Vaccination in the Punjab 1867-1880 - 1867-1880
Year: 1867
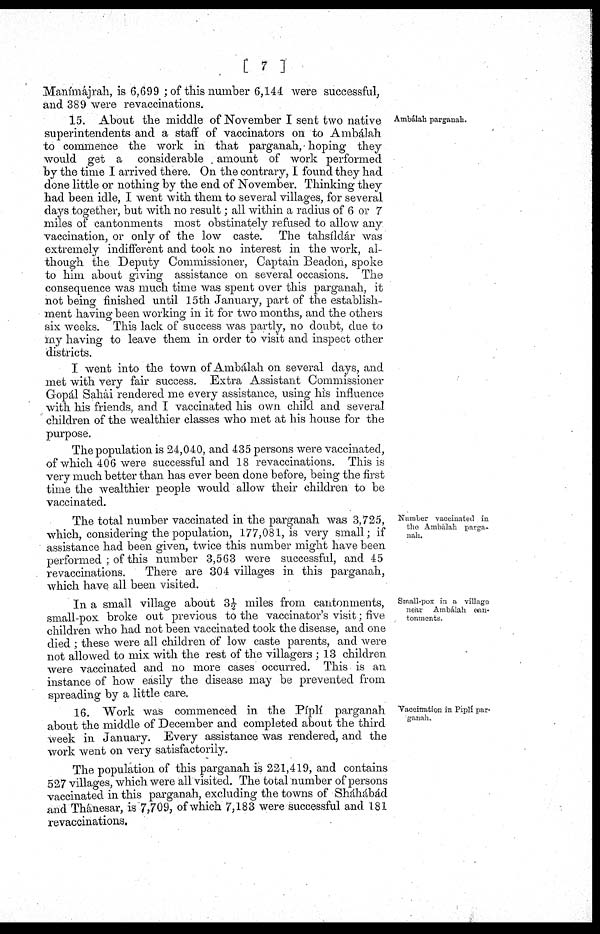
[ 7 ]
Ambálah parganah.
Manimájrah, is 6,699 ; of this number 6,144 were successful,
and 389 were revaccinations.
15. About the middle of November I sent two native
superintendents and a staff of vaccinators on to Ambálah
to commence the work in that parganah, hoping they
would get a considerable . amount of work performed
by the time I arrived there. On the contrary, I found they had
done little or nothing by the end of November. Thinking they
had been idle, I went with them to several villages, for several
days together, but with no result; all within a radius of 6 or 7
miles of cantonments most obstinately refused to allow any
vaccination, or only of the low caste. The tahsíldár was
extremely indifferent and took no interest in the work, al-
though the Deputy Commissioner, Captain Beadon, spoke
to him about giving assistance on several occasions. The
consequence was much time was spent over this parganah, it
not being finished until 15th January, part of the establish-
ment having been working in it for two months, and the others
six weeks. This lack of success was partly, no doubt, due to
my having to leave them in order to visit and inspect other
districts.
I went into the town of Ambálah on several days, and
met with very fair success. Extra Assistant Commissioner
Gopál Sahai rendered me every assistance, using his influence
with his friends, and I vaccinated his own child and several
children of the wealthier classes who met at his house for the
purpose.
Number
vaccinated
in
the
Ambálah
parga¬
nah.
The population is 24,040, and 435 persons were vaccinated,
of which 406 were successful and 18 revaccinations. This is
very much better than has ever been done before, being the first
time the wealthier people would allow their children to be
vaccinated.
The total number vaccinated in the parganah was 3,725,
which, considering the population, 177,081, is very small; if
assistance had been given, twice this number might have been
performed ; of this number 3,563 were successful, and 45
revaccinations.
There are 304 villages in this parganah,
which have all been visited.
Small-pox
in
a
village
near
Ambálah
can¬
tonments.
In a small village about 3½ miles from cantonments,
small-pox broke out previous to the vaccinator's visit; five
children who had not been vaccinated took the disease, and one
died ; these were all children of low caste parents, and were
not allowed to mix with the rest of the villagers ; 13 children
were vaccinated and no more cases occurred. This is an
instance of how easily the disease may be prevented from
spreading by a little care.
15. About the middle of November I sent two native
superintendents and a staff of vaccinators on to Ambálah
to commence the work in that parganah, hoping they
would get a considerable . amount of work performed
by the time I arrived there. On the contrary, I found they had
done little or nothing by the end of November. Thinking they
had been idle, I went with them to several villages, for several
days together, but with no result; all within a radius of 6 or 7
miles of cantonments most obstinately refused to allow any
vaccination, or only of the low caste. The tahsíldár was
extremely indifferent and took no interest in the work, al-
though the Deputy Commissioner, Captain Beadon, spoke
to him about giving assistance on several occasions. The
consequence was much time was spent over this parganah, it
not being finished until 15 th January, part of the establish-
ment having been working in it for two months, and the others
six weeks. This lack of success was partly, no doubt, due to
my having to leave them in order to visit and inspect other
districts.
I went into the town of Ambálah on several days, and
met with very fair success. Extra Assistant Commissioner
Gopál Sahai rendered me every assistance, using his influence
with his friends, and I vaccinated his own child and several
children of the wealthier classes who met at his house for the
purpose.
The population is 24,040, and 435 persons were vaccinated,
of which 406 were successful and 18 revaccinations. This is
very much better than has ever been done before, being the first
time the wealthier people would allow their children to be
vaccinated.
Number vaccinated in
the Ambálah parga-
nah.
The total number vaccinated in the parganah was 3,725,
which, considering the population, 177,081, is very small; if
assistance had been given, twice this number might have been
performed ; of this number 3,563 were successful, and 45
revaccinations.
There are 304 villages in this parganah,
which have all been visited.
Small-pox in a village
near Ambálah can-
tonments.
In a small village about 3½ miles from cantonments,
small-pox broke out previous to the vaccinator's visit; five
children who had not been vaccinated took the disease, and one
died ; these were all children of low caste parents, and were
not allowed to mix with the rest of the villagers ; 13 children
were vaccinated and no more cases occurred. This is an
instance of how easily the disease may be prevented from
spreading by a little care.
Vaccination in Piplí par-
ganah.
16. Work was commenced in the Píplí parganah
about the middle of December and completed about the third
week in January. Every assistance was rendered, and the
work went on very satisfactorily.
The population of this parganah is 221,419, and contains
527 villages, which were all visited. The total number of persons
vaccinated in this parganah, excluding the towns of Sháhábád
and Thánesar, is 7,709, of which 7,183 were successful and 181
revaccinations.